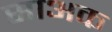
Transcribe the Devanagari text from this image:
साअक